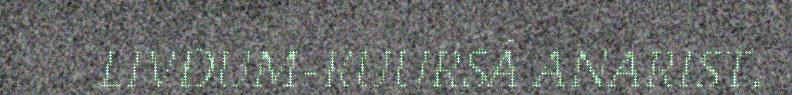
LIVĐUM-KUURSÂ ANARIST.